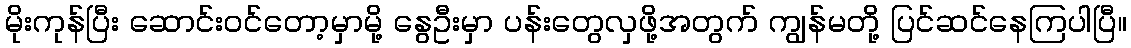
မိုးကုန်ပြီး ဆောင်းဝင်တော့မှာမို့ နွေဦးမှာ ပန်းတွေလှဖို့အတွက် ကျွန်မတို့ ပြင်ဆင်နေကြပါပြီ။